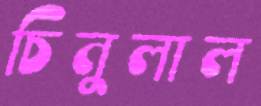
চিনুলাল